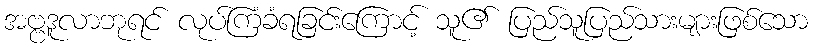
အဗ္ဗဒူလာဘုရင် လုပ်ကြံခံရခြင်းကြောင့် သူ၏ ပြည်သူပြည်သားများဖြစ်သော